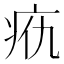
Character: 𰣥